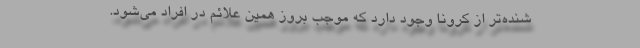
ُشنده‌تر از کرونا وجود دارد که موجب بروز همین علائم در افراد می‌شود.